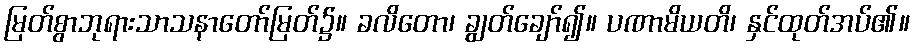
မြတ်စွာဘုရားသာသနာတော်မြတ်၌။ ခလိတော၊ ချွတ်ချော်၍။ ပဏာမိယတိ၊ နှင်ထုတ်အပ်၏။